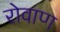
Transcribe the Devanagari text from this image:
रोवाण